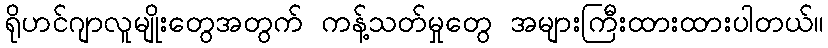
ရိုဟင်ဂျာလူမျိုးတွေအတွက် ကန့်သတ်မှုတွေ အများကြီးထားထားပါတယ်။